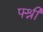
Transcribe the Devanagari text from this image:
फ्श्री